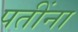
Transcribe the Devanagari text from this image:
पतींना